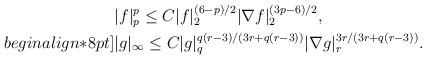
LaTeX: \begin{align*}&|f|^p_p \leq C |f|^{(6-p)/2}_2 |\nabla f|^{(3p-6)/2}_2,\\begin{align*}8pt]&|g|_\infty\leq C |g|^{q(r-3)/(3r+q(r-3))}_q |\nabla g|^{3r/(3r+q(r-3))}_r.\end{align*}